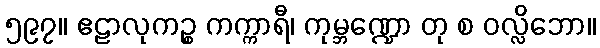
၅၉၇။ ဧဠာလုကဉ္စ ကက္ကာရီ၊ ကုမ္ဘဏ္ဍော တု စ ဝလ္လိဘော။